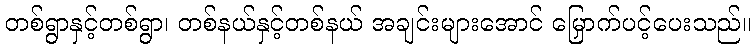
တစ်ရွာနှင့်တစ်ရွာ၊ တစ်နယ်နှင့်တစ်နယ် အချင်းများအောင် မြှောက်ပင့်ပေးသည်။